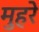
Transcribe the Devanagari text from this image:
मुहरे